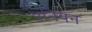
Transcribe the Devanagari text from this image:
पनियन